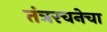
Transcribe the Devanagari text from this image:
तंत्ररचनेचा